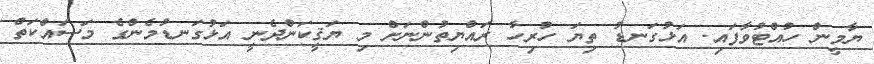
ޔާމީން ހުއްޓުވާފައި. އަޅުގަނޑު ތިޔަ ހުރިހާ ރައްޔިތުންނަށް މި ޔަޤީކަންދެނީ އަޅުގަނޑުމެންގެ މަސައްކަތް